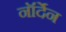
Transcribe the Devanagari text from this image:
नॉर्देन